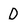
Character: D